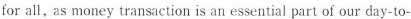
for all，as money transaction is an essential part of our day-to-